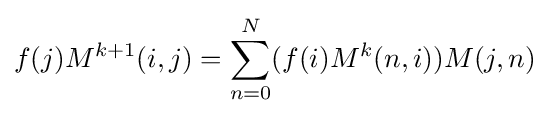
f(j)M^{k+1}(i,j)=\sum _{n=0}^{N}(f(i)M^{k}(n,i))M(j,n)